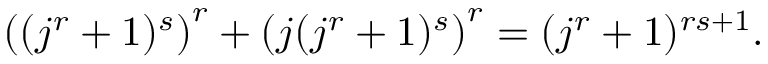
\left( ( j ^ { r } + 1 ) ^ { s } \right) ^ { r } + \left( j ( j ^ { r } + 1 ) ^ { s } \right) ^ { r } = ( j ^ { r } + 1 ) ^ { r s + 1 } .